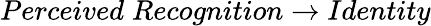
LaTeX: Perceived\; Recognition\rightarrow Identity